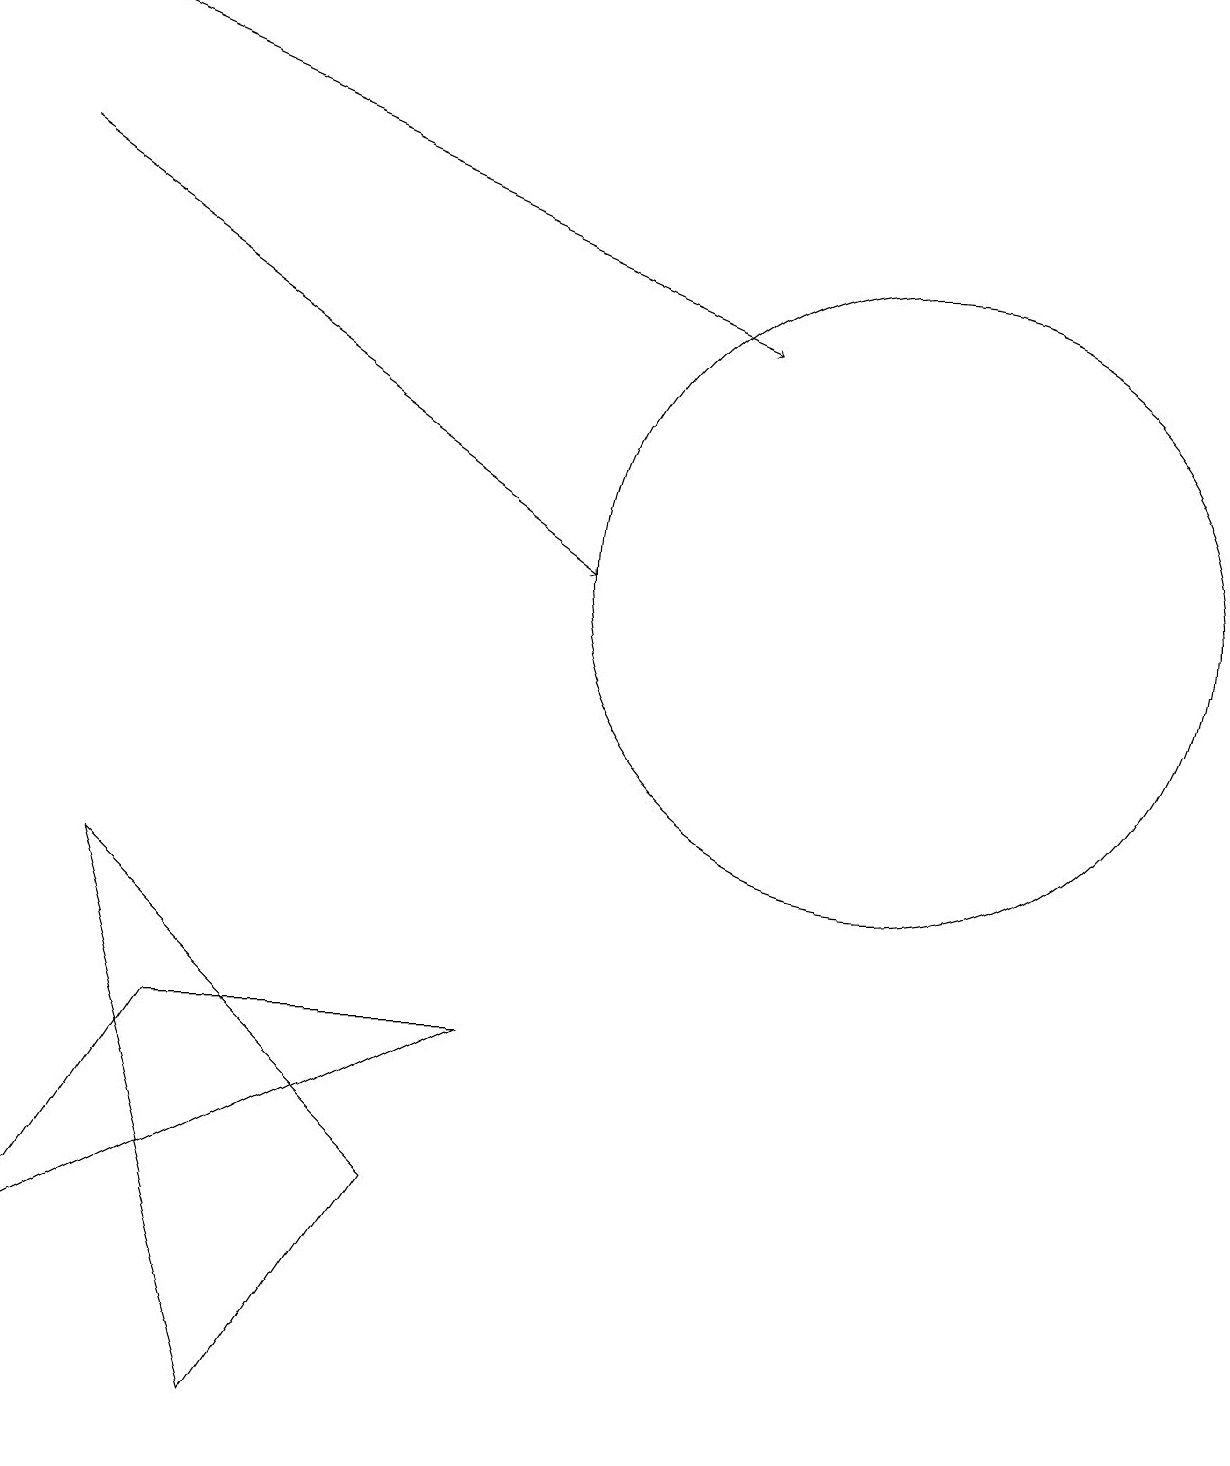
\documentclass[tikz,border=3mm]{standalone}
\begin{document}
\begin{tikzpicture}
\draw[->] (0,16) -- (7,11);
\draw[->] (0,18) -- (9,14);
\draw (6,5) -- (2,5) -- (0,2) -- cycle;
\draw (11,11) circle (4);
\draw (1,7) -- (5,3) -- (3,0) -- cycle;
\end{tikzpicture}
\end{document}